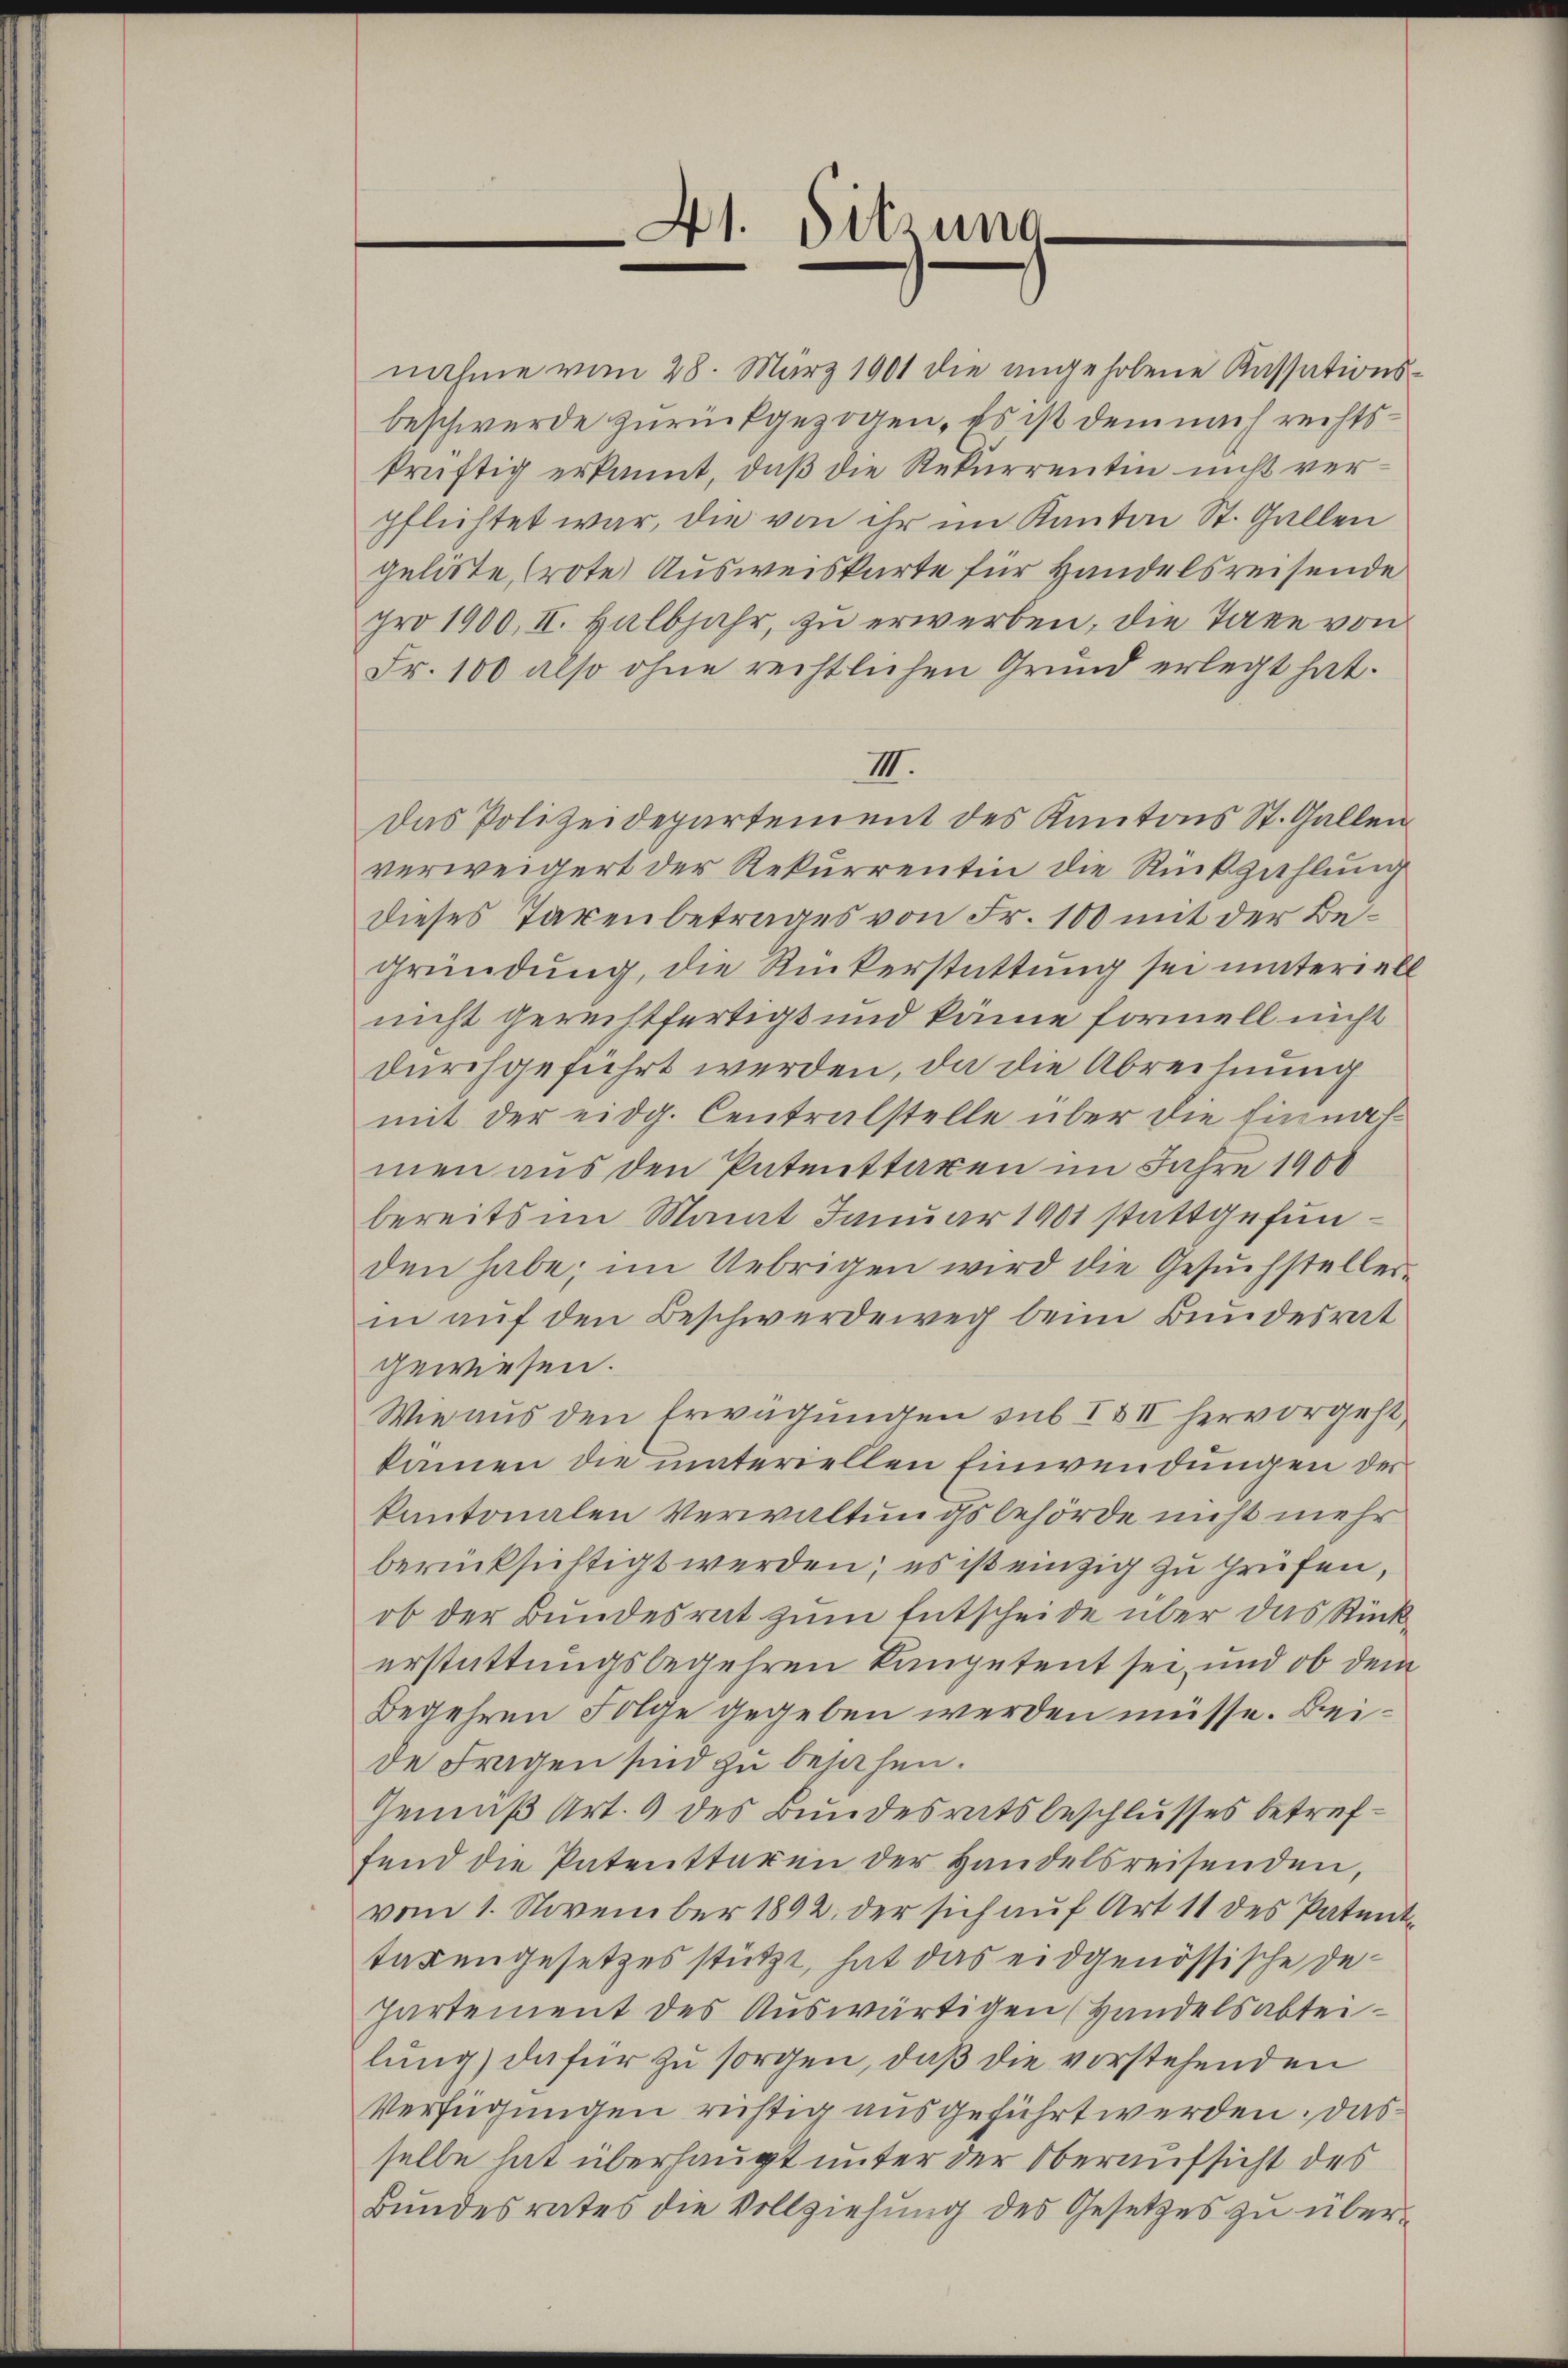
41. Sitzung
e

nahme vom 28. März 1901 die angehobene Kassationsbeschwerde zurückgezogen. Es ist dem nach rechtskräftig erkannt, daß die Rekurrentin nicht verpflichtet war, die von ihr im Kanton St. Gallen
geliste, (rote Ausweiskarte für Handelsreisende
pro 1900, II. Halbjahr, zu erwerben, die Taxe von
Fr. 100 also ohne rechtlichen Grund erlegt hat.
III.
Das Polizeidepartement des Kantons St. Gallen
verweigert der Rekurrentin die Rückzahlung
dieses Taxenbetrages von Fr. 100 mit der Be¬
Gründung, die Rückerstattung sei unteriell
nicht gerechtfertigt und käme formell nicht
durchgeführt werden, da die Abrechnung
mit der eidg. Centralstelle über die Einnahmen aus den Patenttaren im Jahre 1900
bereits im Mamit Januar 1901 stattgefunden habe; im Uebrigen wird die Gesŭchsteller-
in auf den Beschwerdeweg beim Bundesrat
gewiesen.
Wie aus den Erwägungen sub I & II hervorgeht,
kamen die materiellen Einwendungen der
kantonalen Verwaltungsbehörde nicht mehr
berücksichtigt werden; es ist einzig zu prüfen,
ob der Bundesrat zum Entscheide über das Rückerstattungsbegehren kompetent sei, und ob dem
Begehren Folge gegeben werden müsse. Beide Fragen sind zu besahen.
Gemäß Art. 9 des Bundesratsbeschlusses betreffend die Patenttaren der Handelsreisenden,
vom 1. November 1892. der sich auf Art 11 des Patenttagengesetzes stützt, hat das eidgenössische Departement des Auswärtigen (Handelsabtei
lung) dafür zu sorgen, daß die vorstehenden
Verfügungen rüstig ausgeführt werden. Dasselbe hat überhaupt unter der Oberaufsicht des
Bŭndesrates die Vollziehung des Gesetzes zu über¬